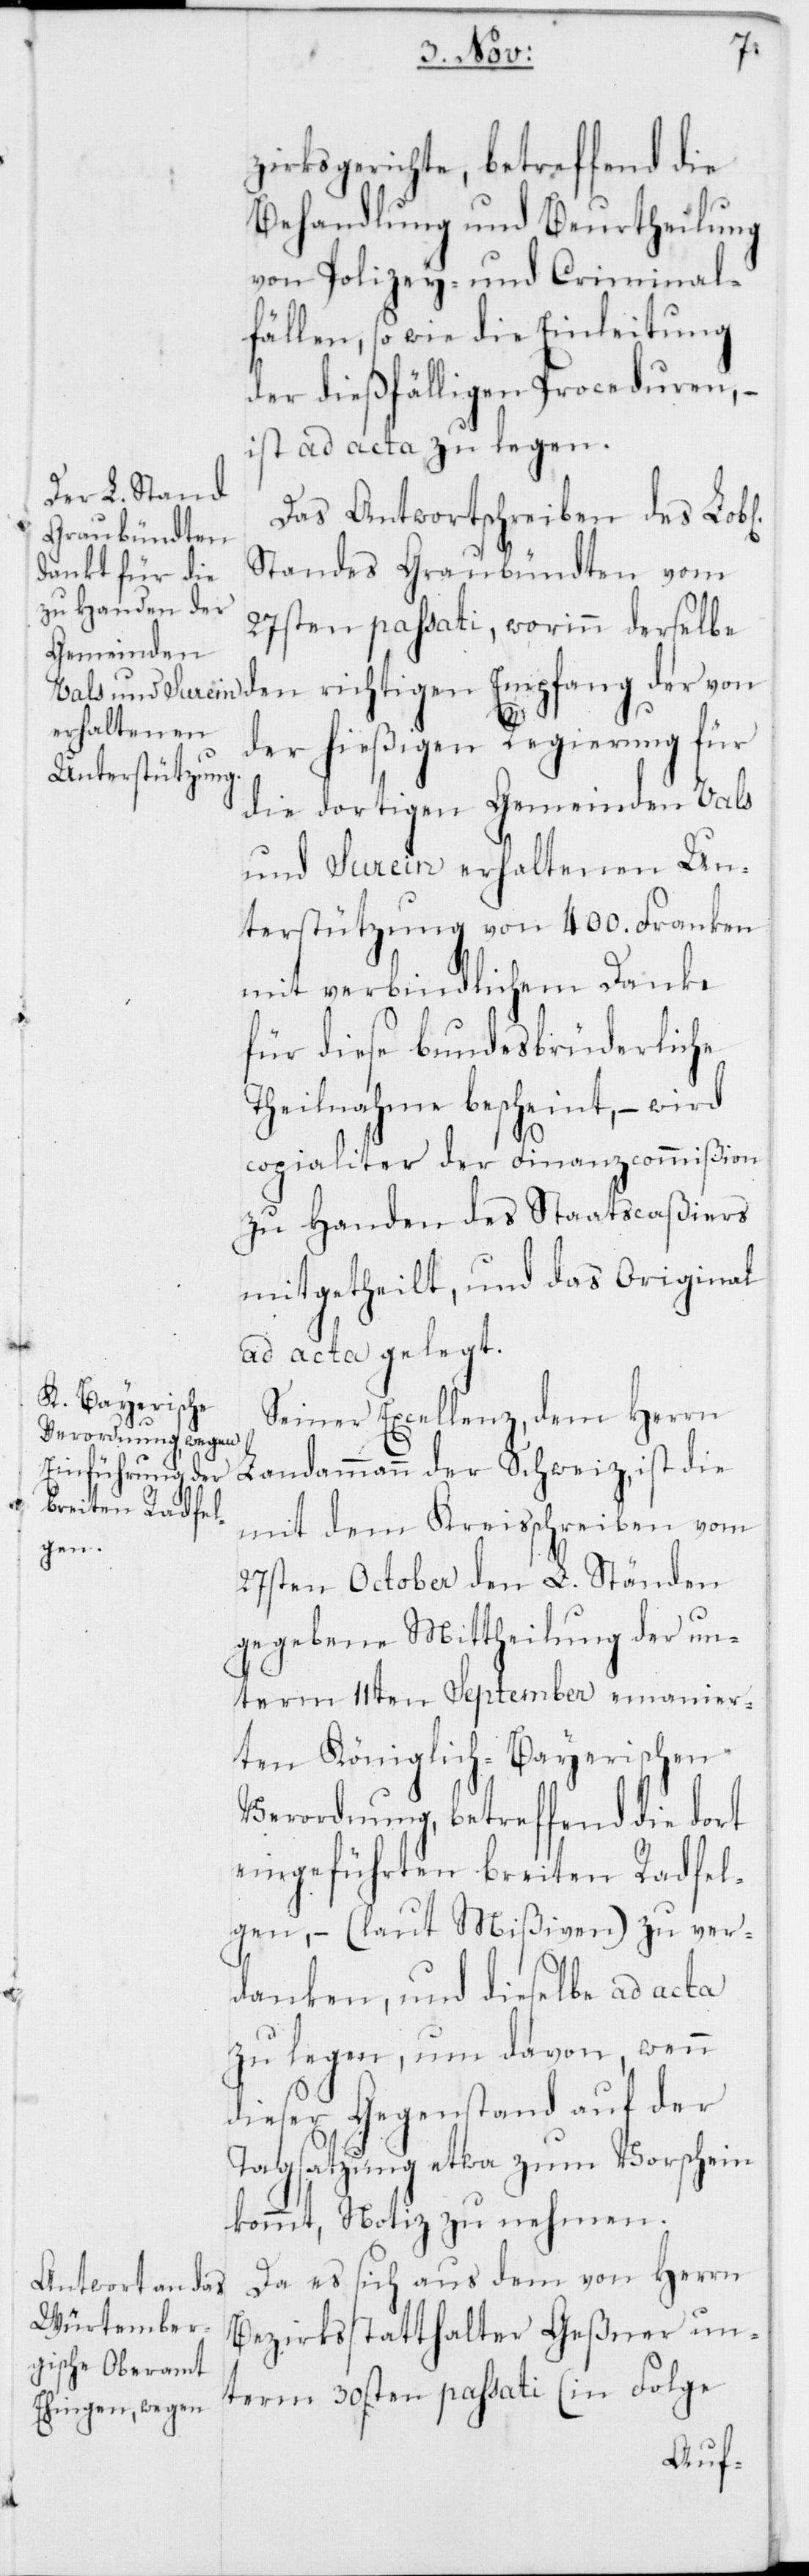
zirksgerichte, betreffend die
Behandlung und Beurtheilung
von Polizey- und Criminal¬
fällen, so wie die Einleitung
der dießfälligen Proceduren, –
ist ad acta zu legen.
Das Anwortschreiben des
Standes Graubündten vom
27sten passati, worinn derselbe
den richtigen Empfang der von
der hießigen Regierung für
die dortigen Gemeinden Vals
und Surein erhaltenen Un¬
terstützung von 400. Franken
mit verbindlichem Danke
für diese bundesbrüderliche
Theilnahme bescheint, – wird
copialiter der Finanzcommißion
zu Handen des Staatscaßiers
mitgetheilt, und das Original
ad acta gelegt.
Seiner Excellenz, dem Herrn
Landammann der Schweiz, ist die
mit dem Kreisschreiben vom
27sten October den L. Ständen
gegebene Mittheilung der un¬
term 11ten September emanier¬
ten Königlich-Bayerischen
Verordnung, betreffend die dort
eingeführten breiten Radfel¬
gen, – (laut Mißiven) zu ver¬
danken, und dieselbe ad acta
zu legen, um davon, wenn
dieser Gegenstand auf der
Tagsatzung etwa zum Vorschein
kommt, Notiz zu nehmen.
Da es sich aus dem von Herrn
Bezirksstatthalter Geßner un¬
term 30sten passati (in Folge